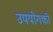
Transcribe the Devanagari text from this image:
उपयोगकी